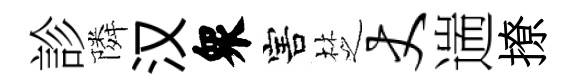
診隣汉衆害椘丈遄撩